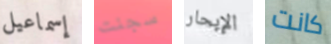
إسماعيل سجنت الإبحار كانت